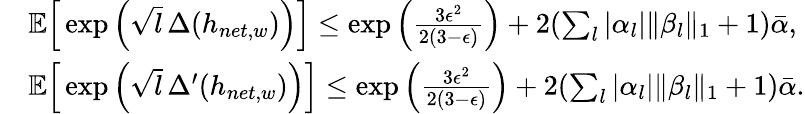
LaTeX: \begin{array}{rl}&{\mathbb{E}\Big[\exp\Big(\sqrt{l}\, \Delta(h_{net,w})\Big)\Big]\leq\exp\Big(\frac{3\epsilon^{2}}{2(3-\epsilon)}\Big)+2(\sum_{l}|\alpha_{l}|\| \beta_{l}\| _{1}+1)\bar{\alpha},}\\ &{\mathbb{E}\Big[\exp\Big(\sqrt{l}\, \Delta^{\prime}(h_{net,w})\Big)\Big]\leq\exp\Big(\frac{3\epsilon^{2}}{2(3-\epsilon)}\Big)+2(\sum_{l}|\alpha_{l}|\| \beta_{l}\| _{1}+1)\bar{\alpha}.}\end{array}